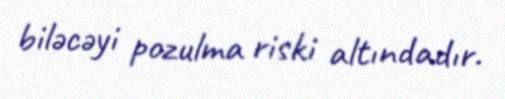
biləcəyi pozulma riski altındadır.